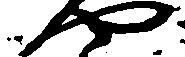
や